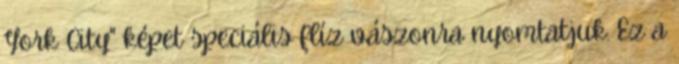
York City" képet speciális flíz vászonra nyomtatjuk. Ez a